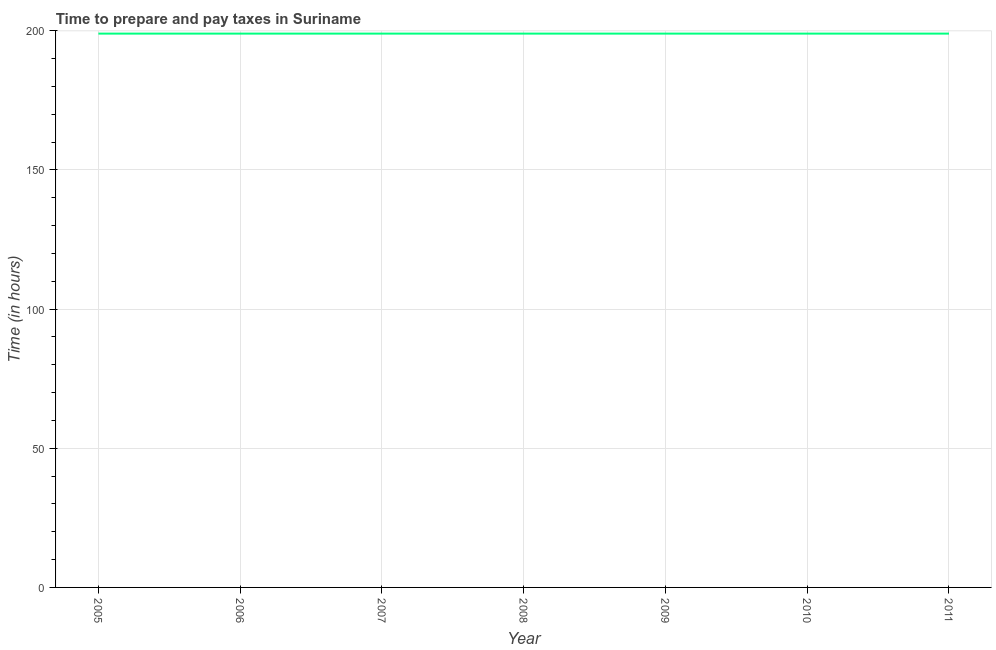
| Year | Time to prepare and pay taxes |
 | --- | --- |
 | 2005 | 199 |
 | 2006 | 199 |
 | 2007 | 199 |
 | 2008 | 199 |
 | 2009 | 199 |
 | 2010 | 199 |
 | 2011 | 199 |